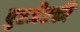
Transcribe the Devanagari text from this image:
पुरजैस्की